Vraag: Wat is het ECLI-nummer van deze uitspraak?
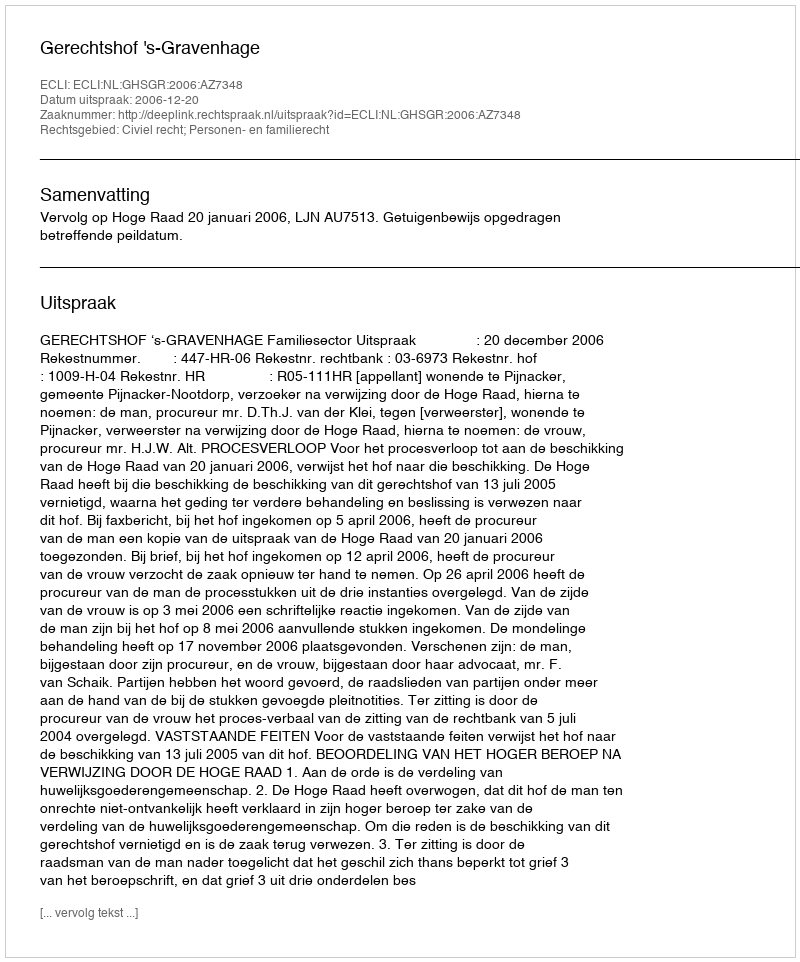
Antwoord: ECLI:NL:GHSGR:2006:AZ7348